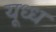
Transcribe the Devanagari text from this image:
यूध्ध